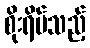
စိုးရိမ်သည့်